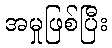
အမှုဖြစ်ပြီး